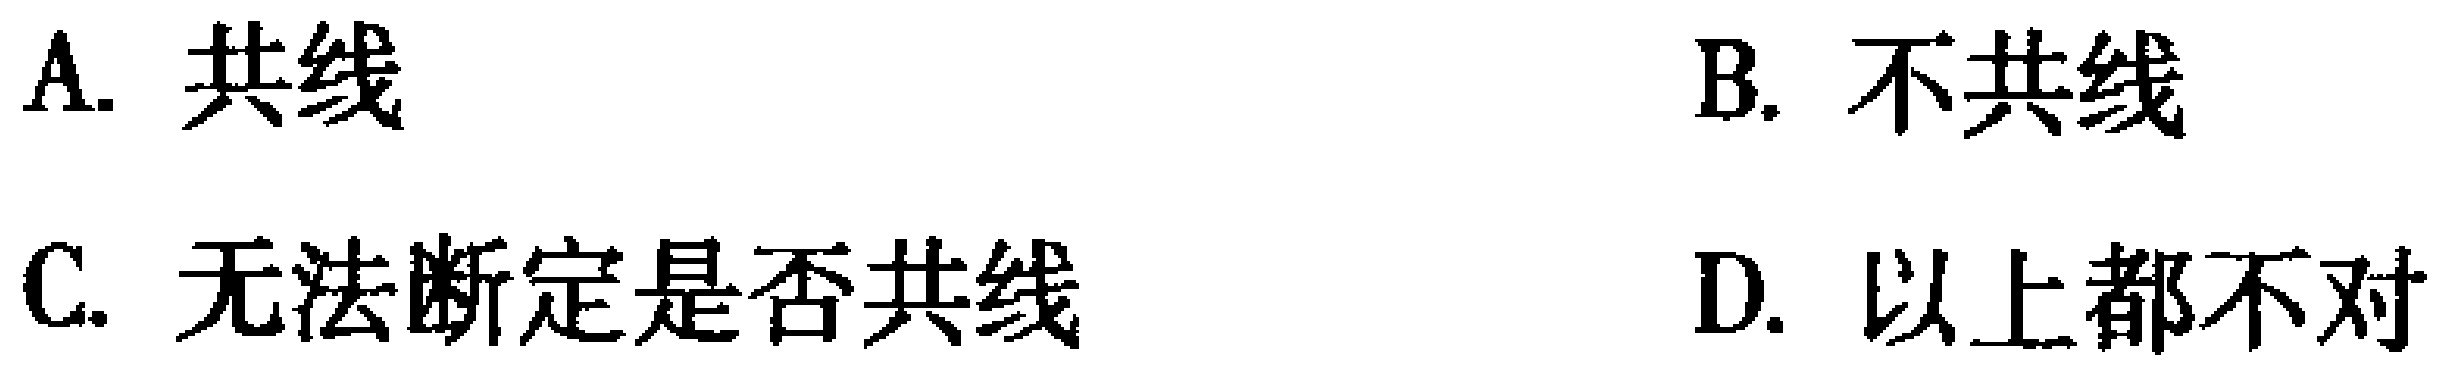
A. 共线
B. 不共线
C. 无法断定是否共线
D. 以上都不对